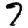
Digit: 7